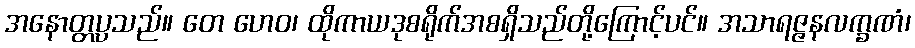
အနောတ္တပ္ပသည်။ တေ ဟေဝ၊ ထိုကာယဒုစရိုက်အစရှိသည်တို့ကြောင့်ပင်။ အသာရဇ္ဇနလက္ခဏံ၊